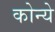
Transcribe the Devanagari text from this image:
कोन्ये